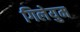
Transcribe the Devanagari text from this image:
गिलेयुम